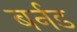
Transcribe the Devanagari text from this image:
बर्नड